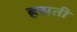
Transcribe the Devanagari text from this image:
हसती